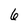
Character: 6